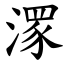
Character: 潈